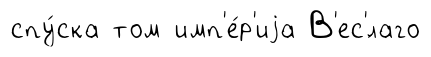
спу́ска том имп'е́р'иjа В'ес'́лаго